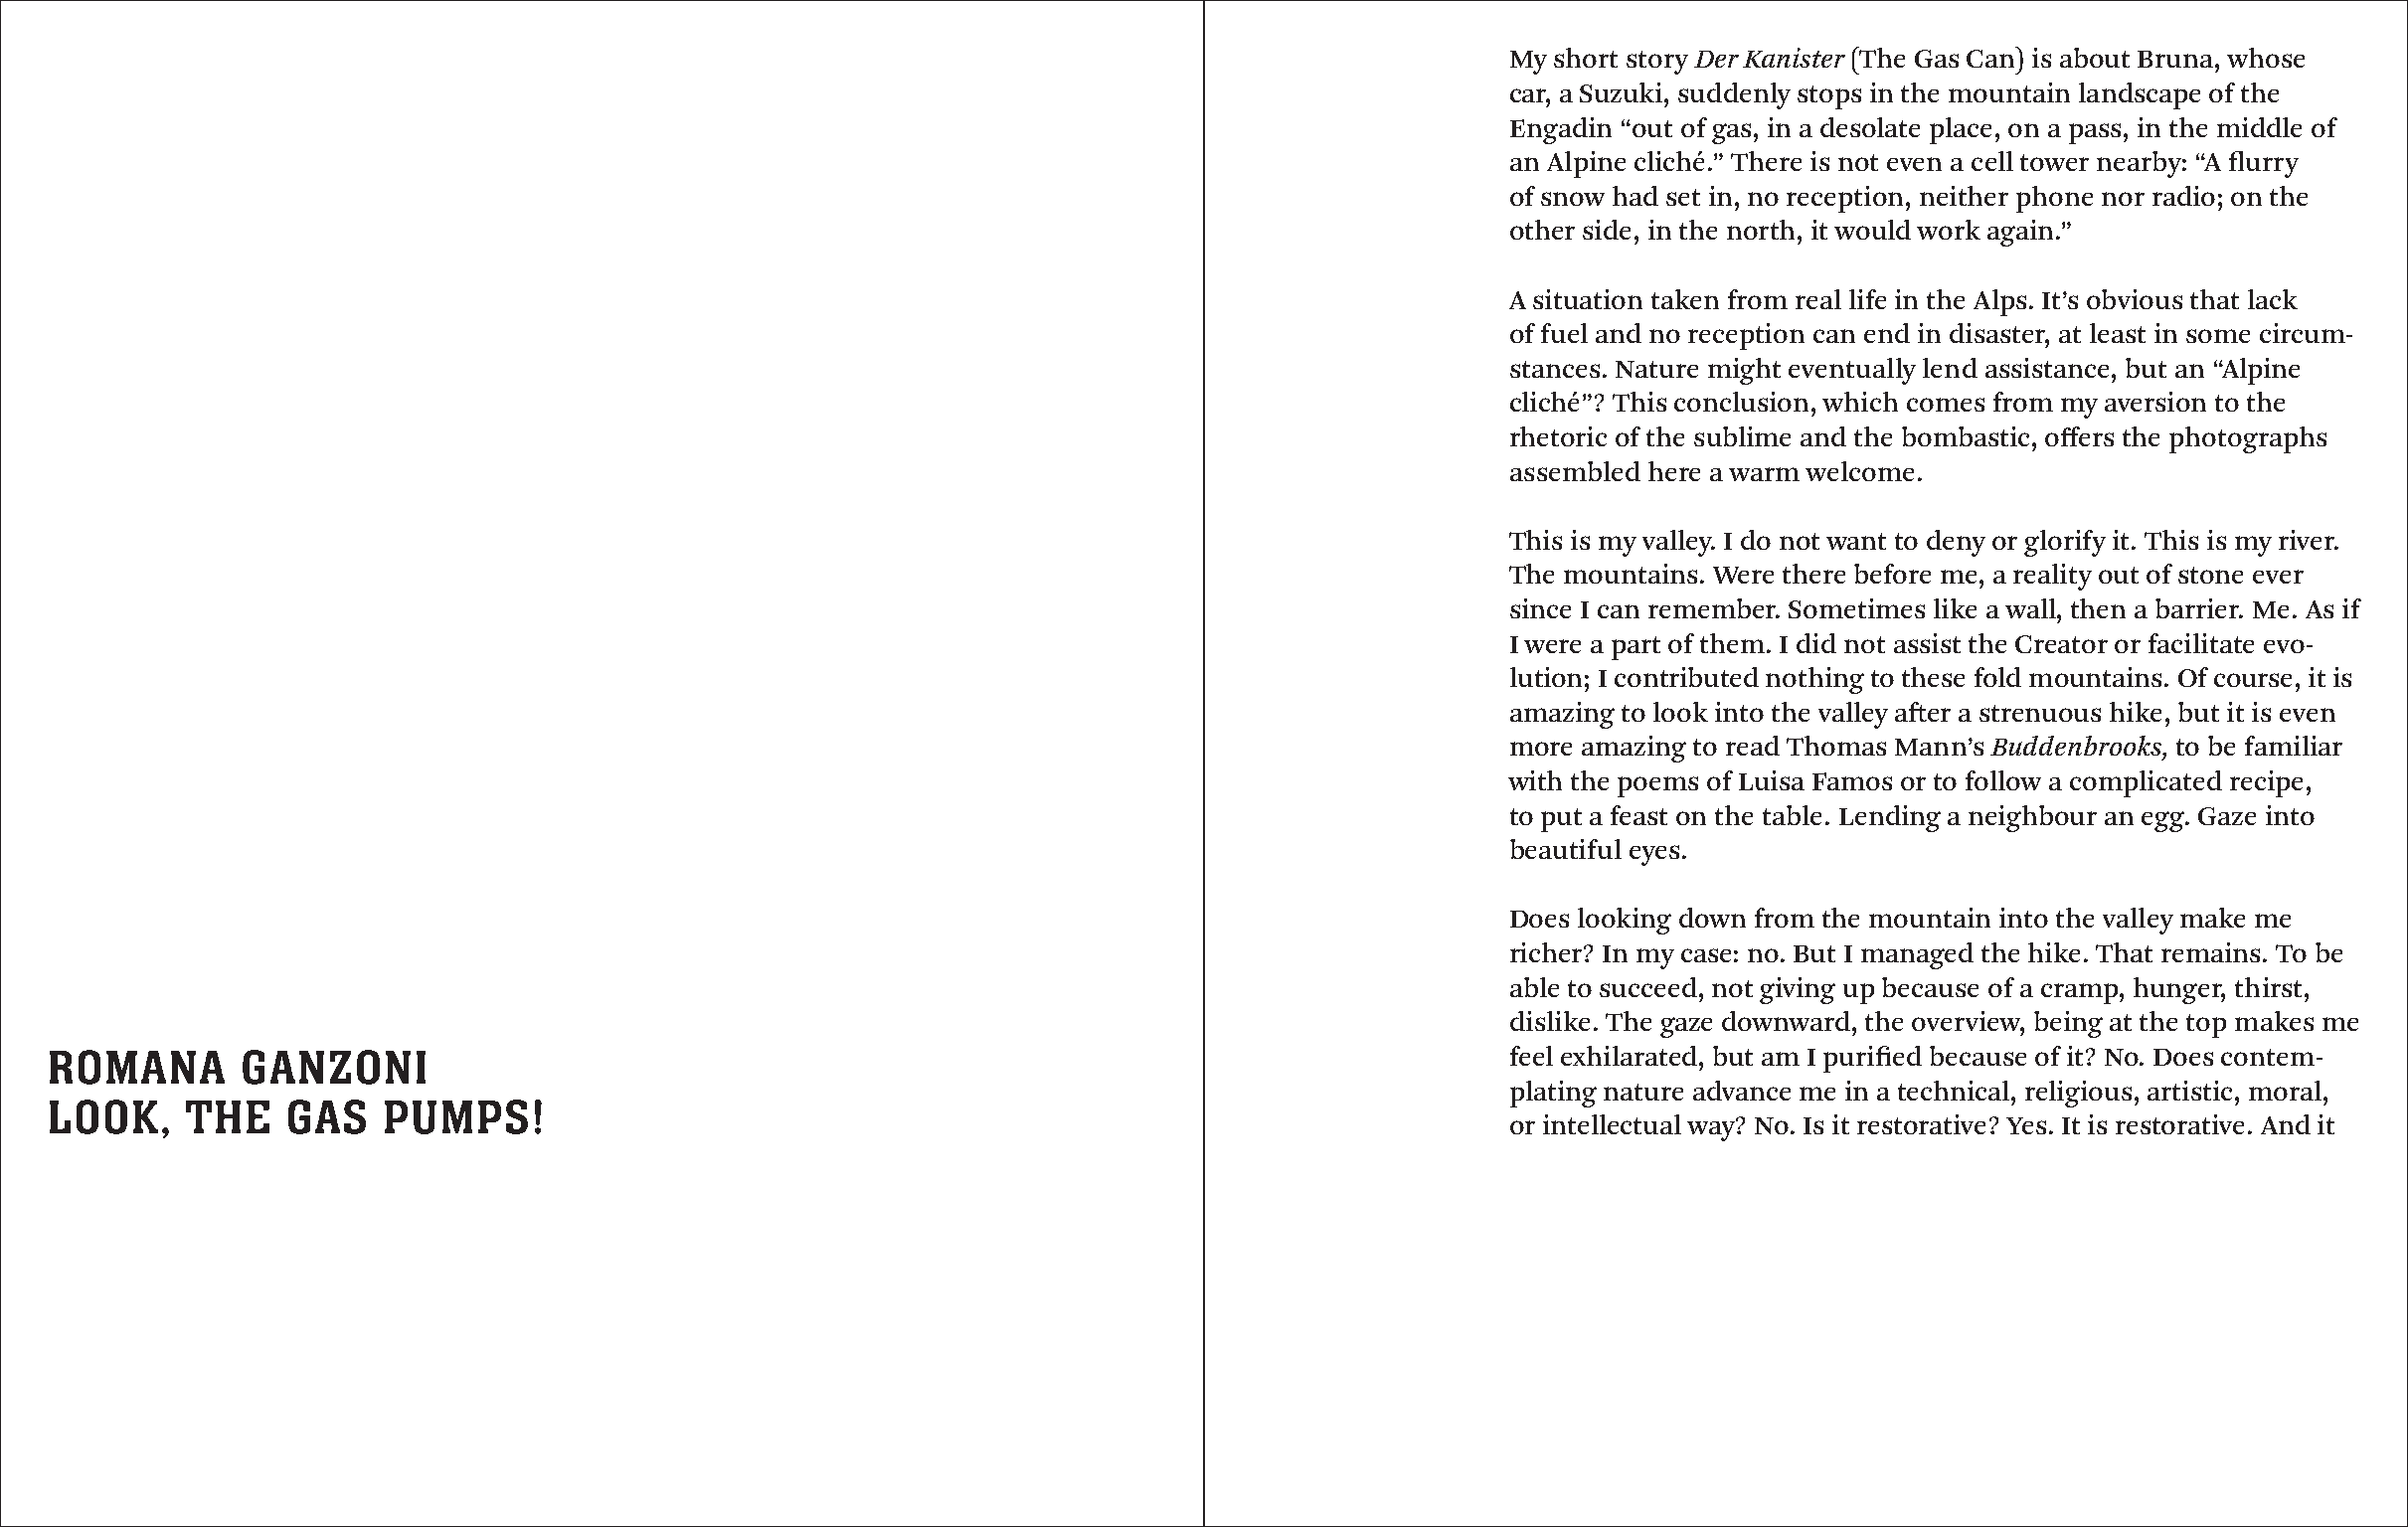
My short story Der Kanister (The Gas Can) is about Bruna, whose
 car, a Suzuki, suddenly stops in the mountain landscape of the
 Engadin “out of gas, in a desolate place, on a pass, in the middle of
 an Alpine cliché.” There is not even a cell tower nearby: “A flurry
 of snow had set in, no reception, neither phone nor radio; on the
 other side, in the north, it would work again.”
 A situation taken from real life in the Alps. It’s obvious that lack
 of fuel and no reception can end in disaster, at least in some circum­
 stances. Nature might eventually lend assistance, but an “Alpine
 cliché”? This conclusion, which comes from my aversion to the
 rhetoric of the sublime and the bombastic, offers the photographs
 assembled here a warm welcome.
 This is my valley. I do not want to deny or glorify it. This is my river.
 The mountains. Were there before me, a reality out of stone ever
 since I can remember. Sometimes like a wall, then a barrier. Me. As if
 I were a part of them. I did not assist the Creator or facilitate evo­
 lution; I contributed nothing to these fold mountains. Of course, it is
 amazing to look into the valley after a strenuous hike, but it is even
 more amazing to read Thomas Mann’s Buddenbrooks, to be familiar
 with the poems of Luisa Famos or to follow a complicated recipe,
 to put a feast on the table. Lending a neighbour an egg. Gaze into
 beautiful eyes.
 Does looking down from the mountain into the valley make me
 richer? In my case: no. But I managed the hike. That remains. To be
 able to succeed, not giving up because of a cramp, hunger, thirst,
 dislike. The gaze downward, the overview, being at the top makes me
 ROMANA       GANZONI                                                                             feel exhilarated, but am I purified because of it? No. Does contem­
 plating nature advance me in a technical, religious, artistic, moral,
 LOOK,    THE    GAS   PUMPS!
 or intellectual way? No. Is it restorative? Yes. It is restorative. And it